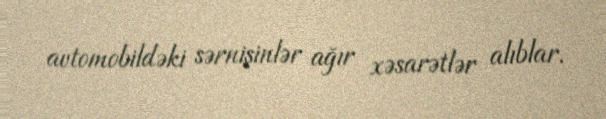
avtomobildəki sərnişinlər ağır xəsarətlər alıblar.